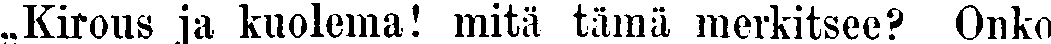
,,Kirous ja kuolema! mitä tämä merkitsee? Onka